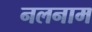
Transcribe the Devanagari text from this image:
नलनाम